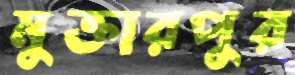
মুক্তারপুর